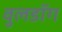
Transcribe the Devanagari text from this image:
वुलडॉग